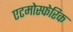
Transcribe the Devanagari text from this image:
एटमोस्फेरिक